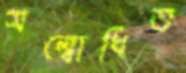
সম্বোধিত